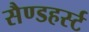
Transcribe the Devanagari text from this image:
सैण्डहर्स्ट